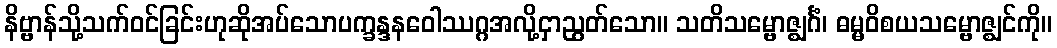
နိဗ္ဗာန်သို့သက်ဝင်ခြင်းဟုဆိုအပ်သောပက္ခန္ဒနဝေါဿဂ္ဂအလို့ငှာညွတ်သော။ သတိသမ္ဗောဇ္ဈင်္ဂံ၊ ဓမ္မဝိစယသမ္ဗောဇ္ဈင်ကို။